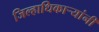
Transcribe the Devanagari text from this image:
जिल्हाधिकाऱ्यांनी